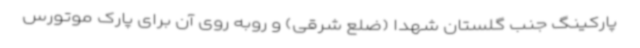
پارکینگ جنب گلستان شهدا (ضلع شرقی) و روبه روی آن برای پارک موتورس